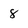
Character: 8